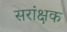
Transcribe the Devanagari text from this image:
सरांक्षक